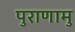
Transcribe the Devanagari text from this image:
पुराणामु